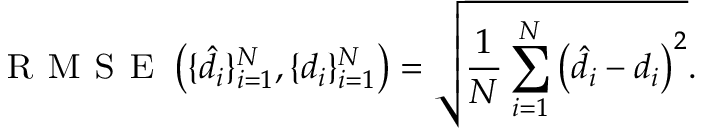
\textsc { R M S E } \left( \{ \hat { d } _ { i } \} _ { i = 1 } ^ { N } , \{ d _ { i } \} _ { i = 1 } ^ { N } \right) = \sqrt { \frac { 1 } { N } \sum _ { i = 1 } ^ { N } \left( \hat { d } _ { i } - d _ { i } \right) ^ { 2 } } .